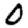
Digit: 0